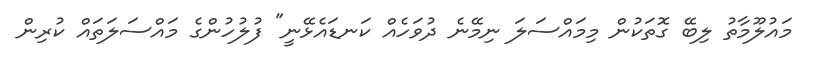
މައުލޫމާތު ލިބޭ ގޮތަކުން މިމައްސަލަ ނިމޭނެ ދުވަހެއް ކަނޑައެޅޭނީ" ފުލުހުންގެ މައްސަލަތައް ކުރިން